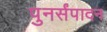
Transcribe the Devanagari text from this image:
पुनर्संपादन